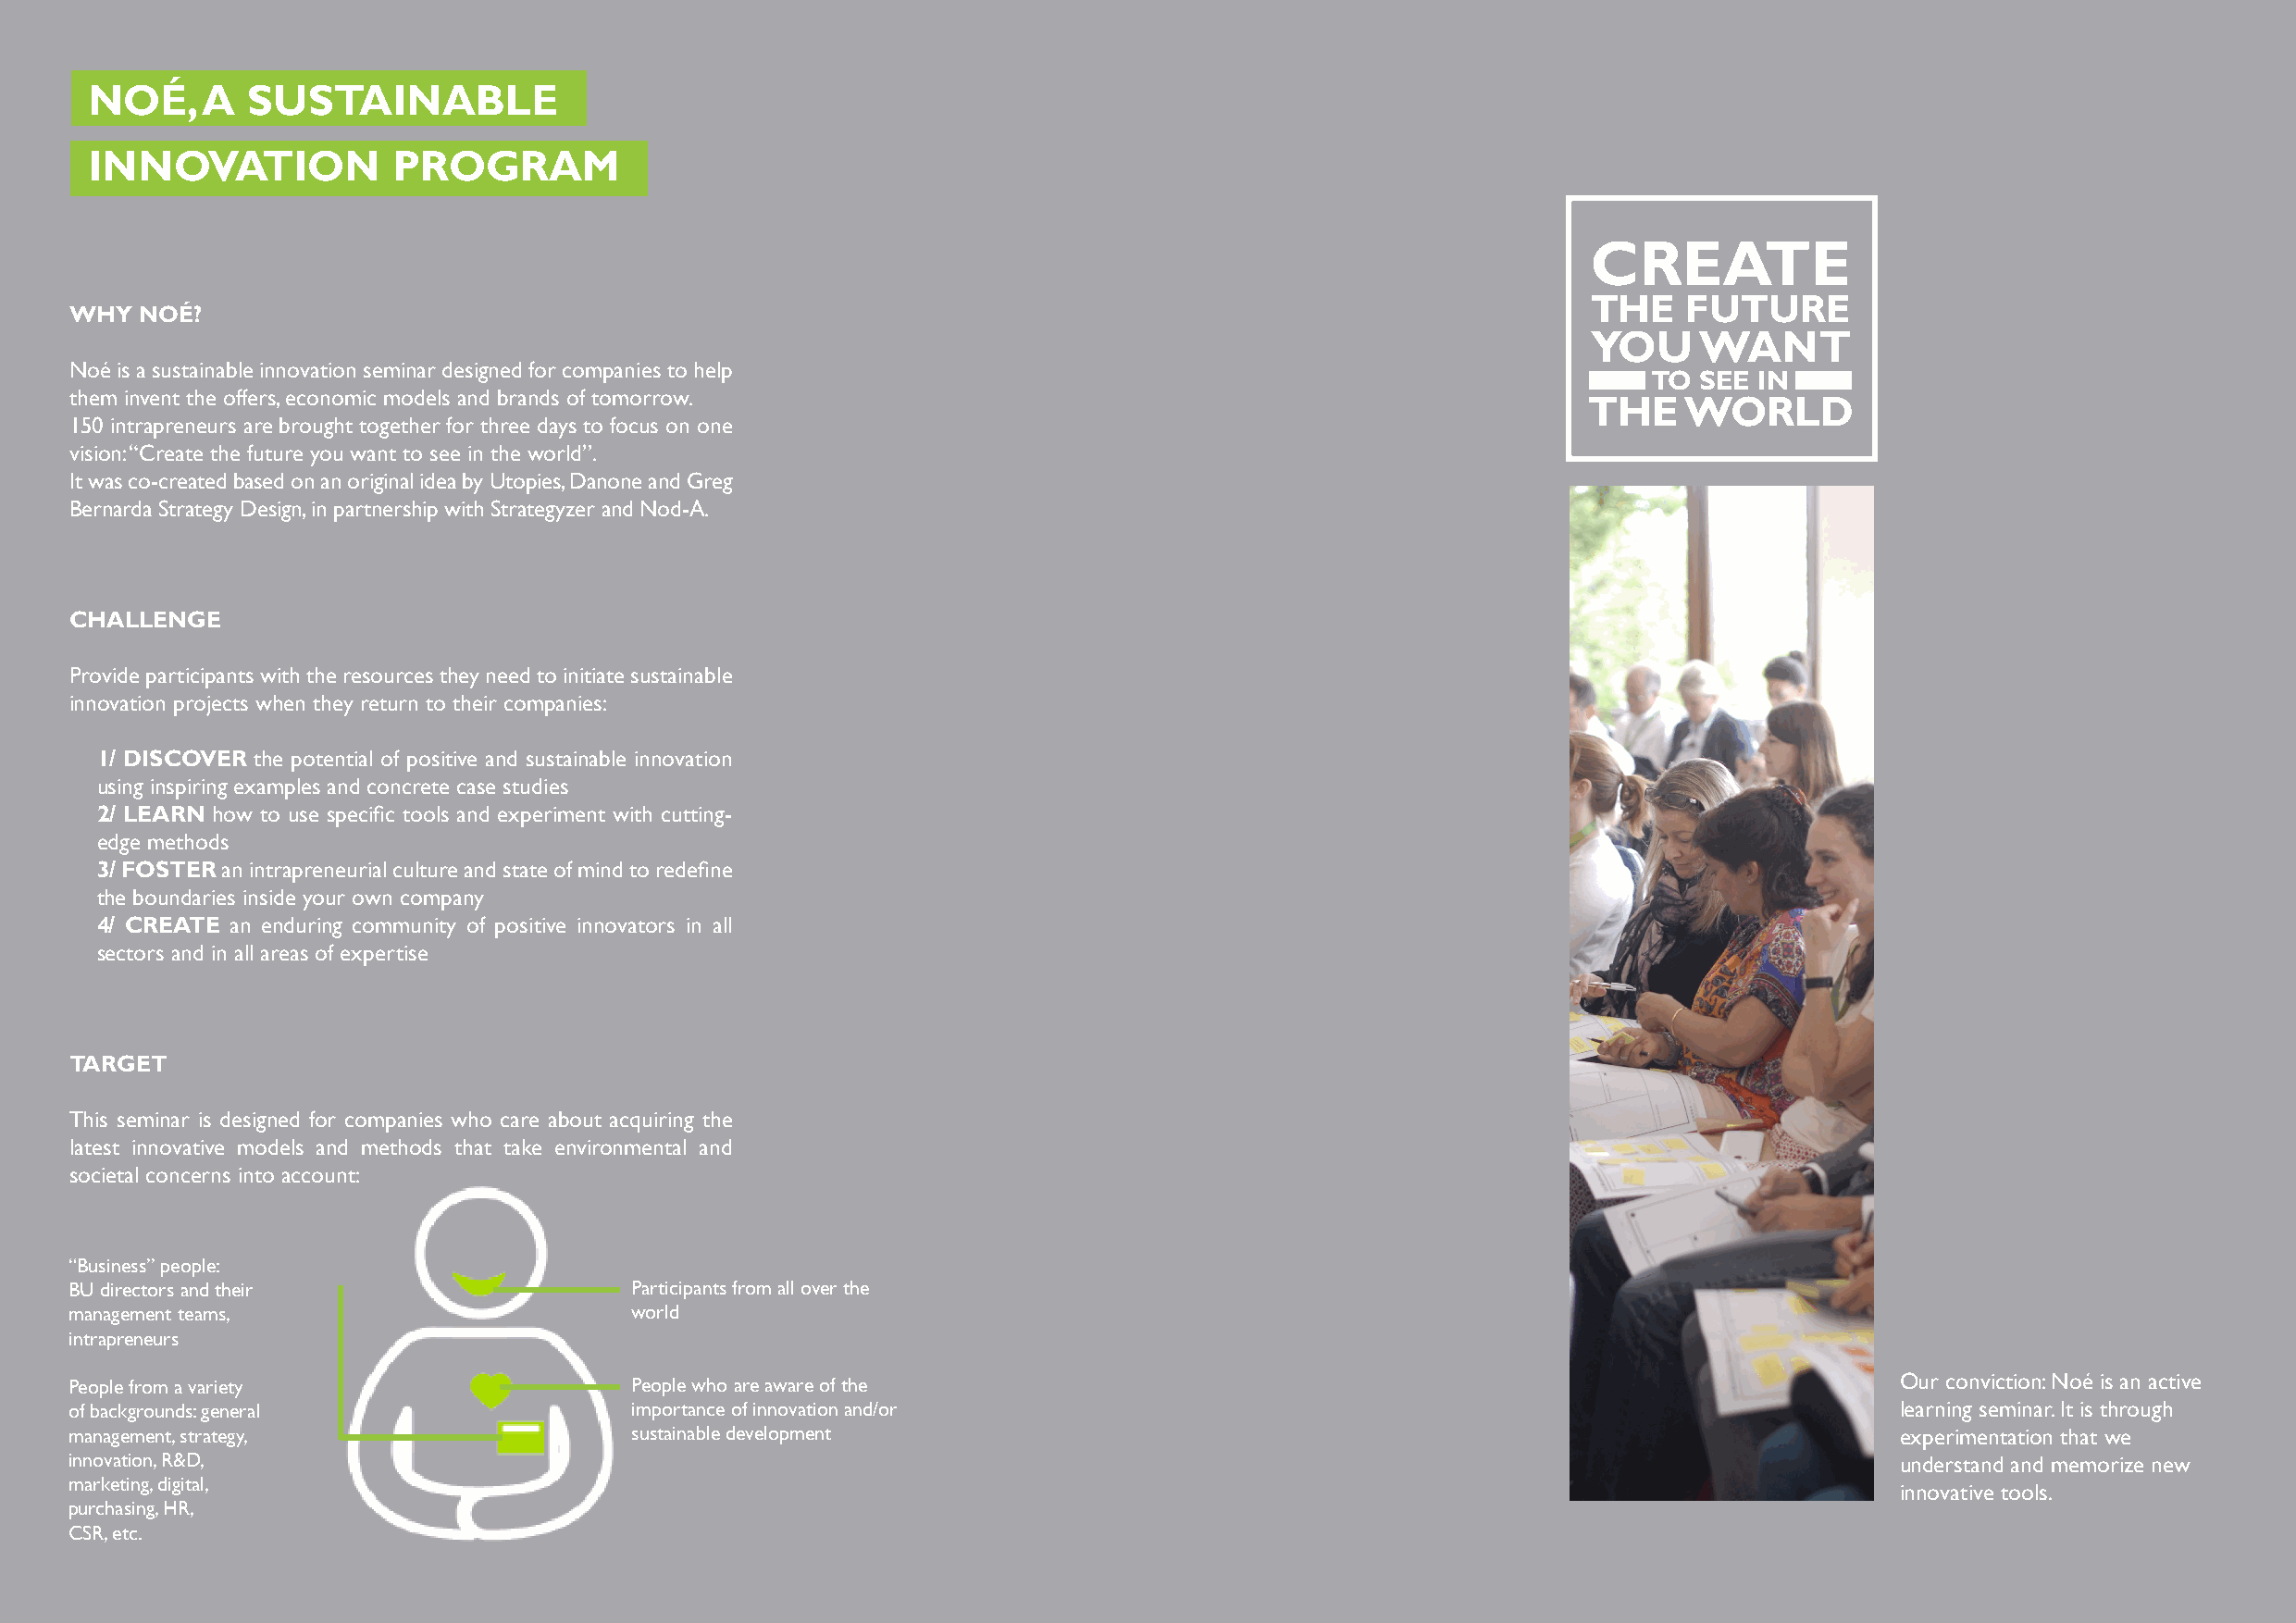
NOÉ,    A   SUSTAINABLE
 INNOVATION            PROGRAM
 CREATE
 THE    FUTURE
 WHY  NOÉ?
 YOU     WANT
 Noé is a sustainable innovation seminar designed for companies to help
 TO  SEE IN
 them invent the offers, economic models and brands of tomorrow.
 THE   WORLD
 150 intrapreneurs are brought together for three days to focus on one
 vision: “Create the future you want to see in the world”.
 It was co-created based on an original idea by Utopies, Danone and Greg
 Bernarda Strategy Design, in partnership with Strategyzer and Nod-A.
 CHALLENGE
 Provide participants with the resources they need to initiate sustainable
 innovation projects when they return to their companies:
 1/ DISCOVER the potential of positive and sustainable innovation
 using inspiring examples and concrete case studies
 2/ LEARN how to use specific tools and experiment with cutting-
 edge methods
 3/ FOSTER an intrapreneurial culture and state of mind to redefine
 the boundaries inside your own company
 4/ CREATE an enduring community of positive innovators in all
 sectors and in all areas of expertise
 TARGET
 This seminar is designed for companies who care about acquiring the
 latest innovative models and methods that take environmental and
 societal concerns into account:
 “Business” people:
 BU directors and their                  Participants from all over the
 management teams,                       world
 intrapreneurs
 People from a variety                   People who are aware of the                                                                Our conviction: Noé is an active
 of backgrounds: general                 importance of innovation and/or                                                            learning seminar. It is through
 management, strategy,                   sustainable development                                                                    experimentation that we
 innovation, R&D,                                                                                                                   understand and memorize new
 marketing, digital,
 innovative tools.
 purchasing, HR,
 CSR, etc.